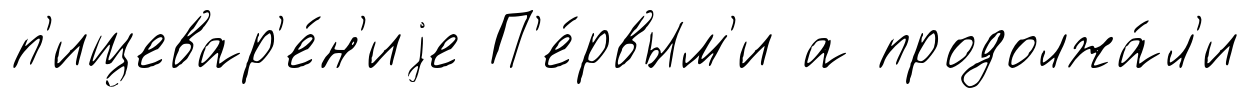
п'ищевар'е́н'иjе П'е́рвым'и а продолжа́л'и